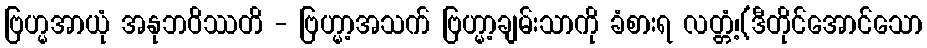
ဗြဟ္မအာယုံ အနုဘဝိဿတိ - ဗြဟ္မာ့အသက် ဗြဟ္မာ့ချမ်းသာကို ခံစားရ လတ္တံ့၊(ဒီတိုင်အောင်သော